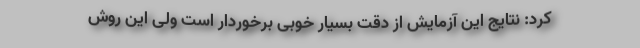
کرد: نتایج این آزمایش از دقت بسیار خوبی برخوردار است ولی این روش